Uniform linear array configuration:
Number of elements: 8
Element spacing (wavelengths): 0.5
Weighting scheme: binomial
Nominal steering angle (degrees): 30
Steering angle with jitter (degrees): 28.461
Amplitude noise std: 0.05
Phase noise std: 0.05

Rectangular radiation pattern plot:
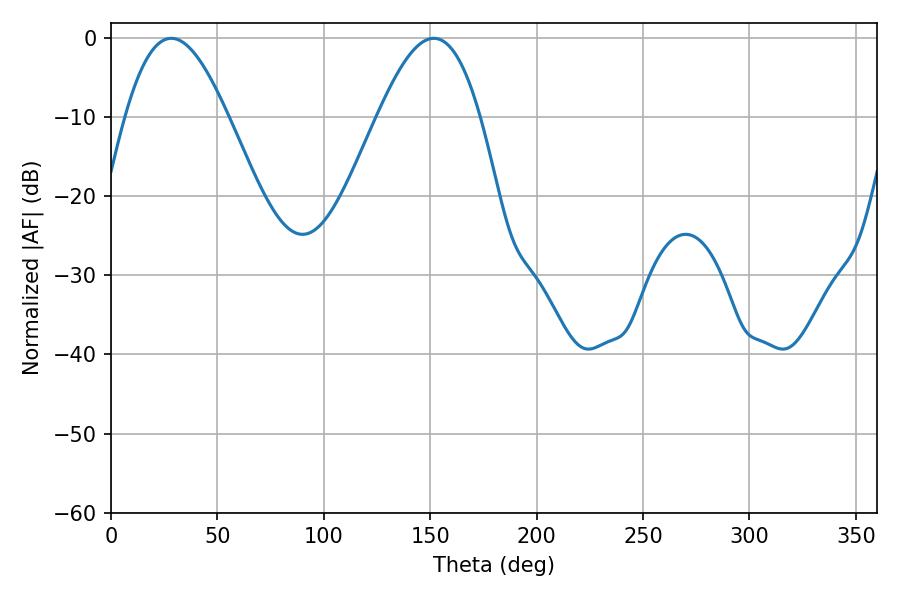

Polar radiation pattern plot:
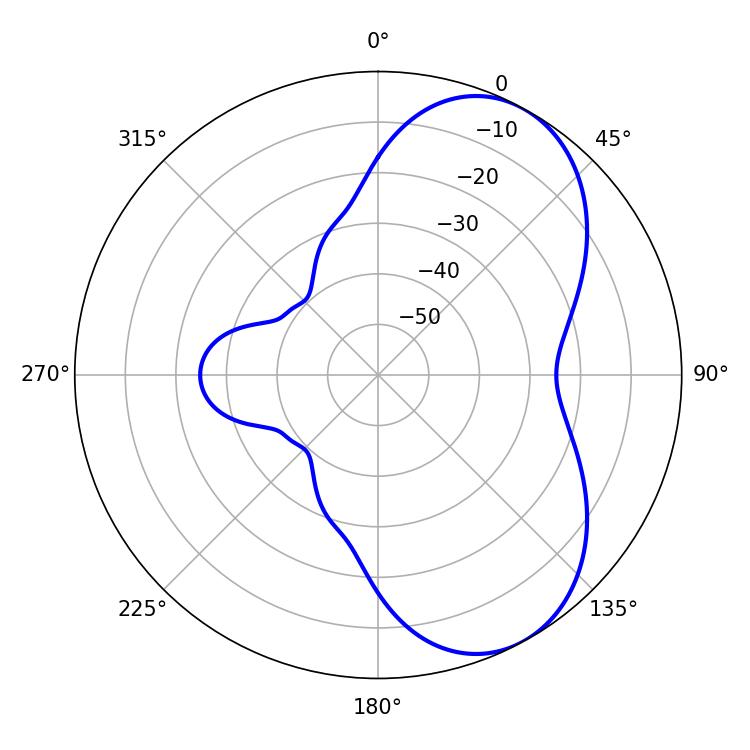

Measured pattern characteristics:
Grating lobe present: FALSE
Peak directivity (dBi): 6.136
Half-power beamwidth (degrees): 26.1
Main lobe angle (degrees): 28.26